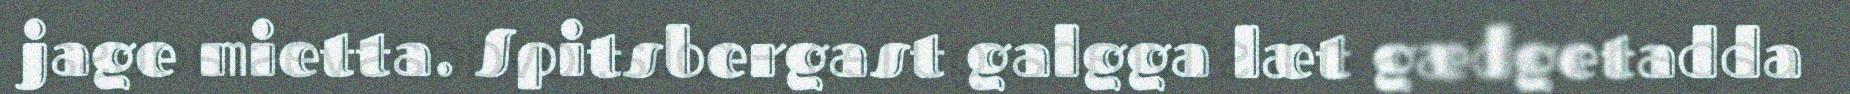
jage mietta. Spitsbergast galgga læt gædgetadda